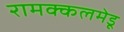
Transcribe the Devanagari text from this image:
रामक्कलमेडू